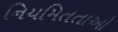
નિયમિતતાઓ